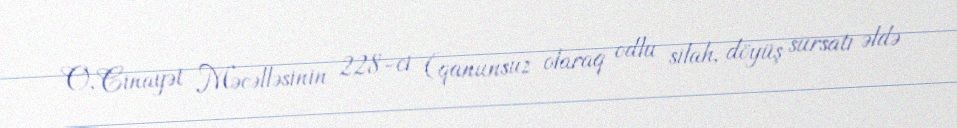
O, Cinayət Məcəlləsinin 228-ci (qanunsuz olaraq odlu silah, döyüş sursatı əldə